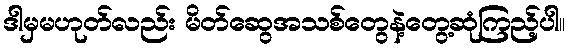
ဒါမှမဟုတ်လည်း မိတ်ဆွေအသစ်တွေနဲ့တွေ့ဆုံကြည့်ပါ။